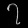
Digit: ၇